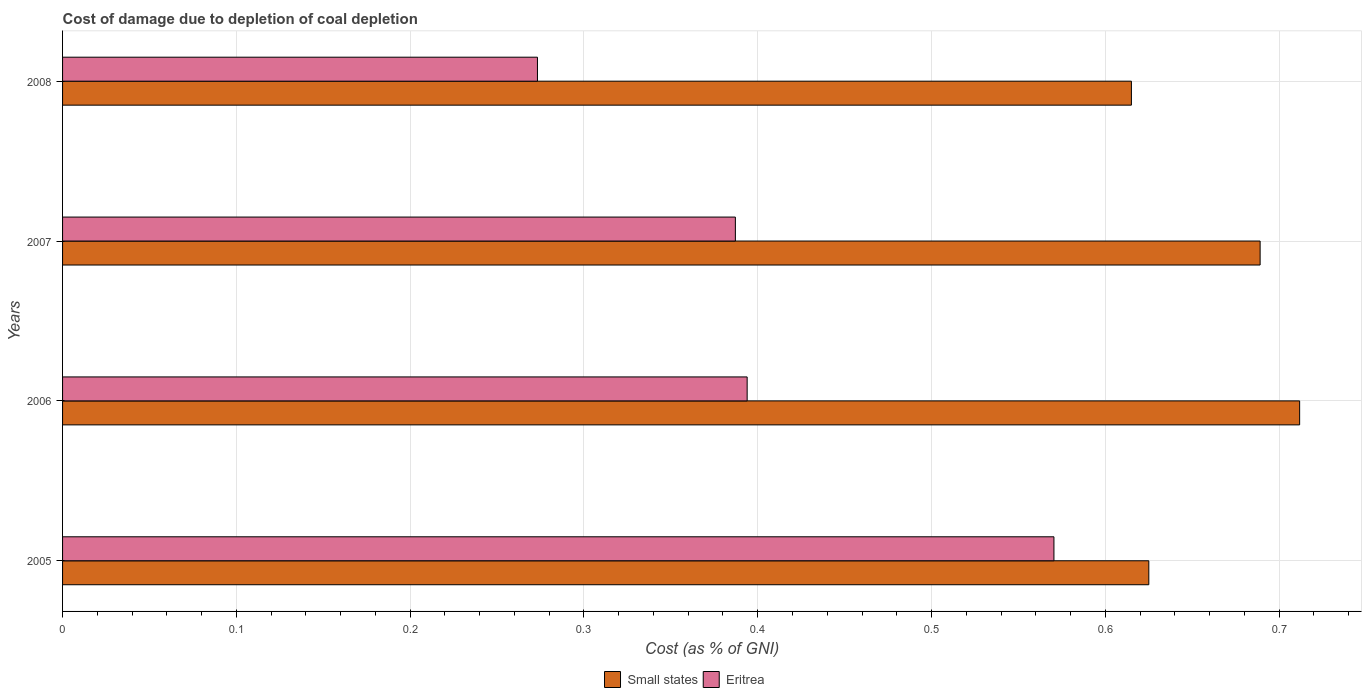
| Years | Small states | Eritrea |
 | --- | --- | --- |
 | 2005 | 0.625 | 0.57 |
 | 2006 | 0.712 | 0.394 |
 | 2007 | 0.689 | 0.387 |
 | 2008 | 0.615 | 0.273 |